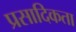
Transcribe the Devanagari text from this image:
प्रसादिकता